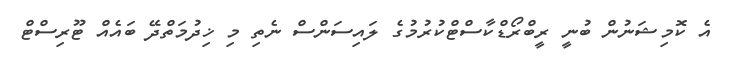
އެ ކޮމިޝަނުން ބުނީ ރީބްރޯޑްކާސްޓްކުރުމުގެ ލައިސަންސް ނެތި މި ޚިދުމަތްދޭ ބައެއް ޓޫރިސްޓް